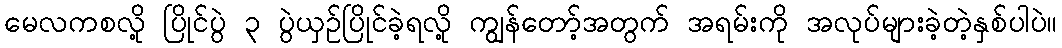
မေလကစလို့ ပြိုင်ပွဲ ၃ ပွဲယှဉ်ပြိုင်ခဲ့ရလို့ ကျွန်တော့်အတွက် အရမ်းကို အလုပ်များခဲ့တဲ့နှစ်ပါပဲ။